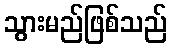
သွားမည်ဖြစ်သည်